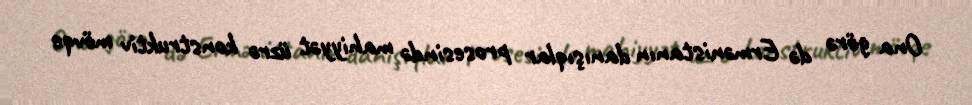
Ona görə də Ermənistanın danışıqlar prosesində mahiyyət üzrə konstruktiv mövqe